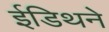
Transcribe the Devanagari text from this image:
ईडिथने